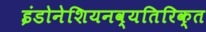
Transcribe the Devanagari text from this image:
इंडोनेशियनव्यतिरिक्त